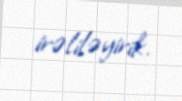
irəliləyirik.